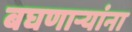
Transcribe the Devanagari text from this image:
बघणाऱ्यांना